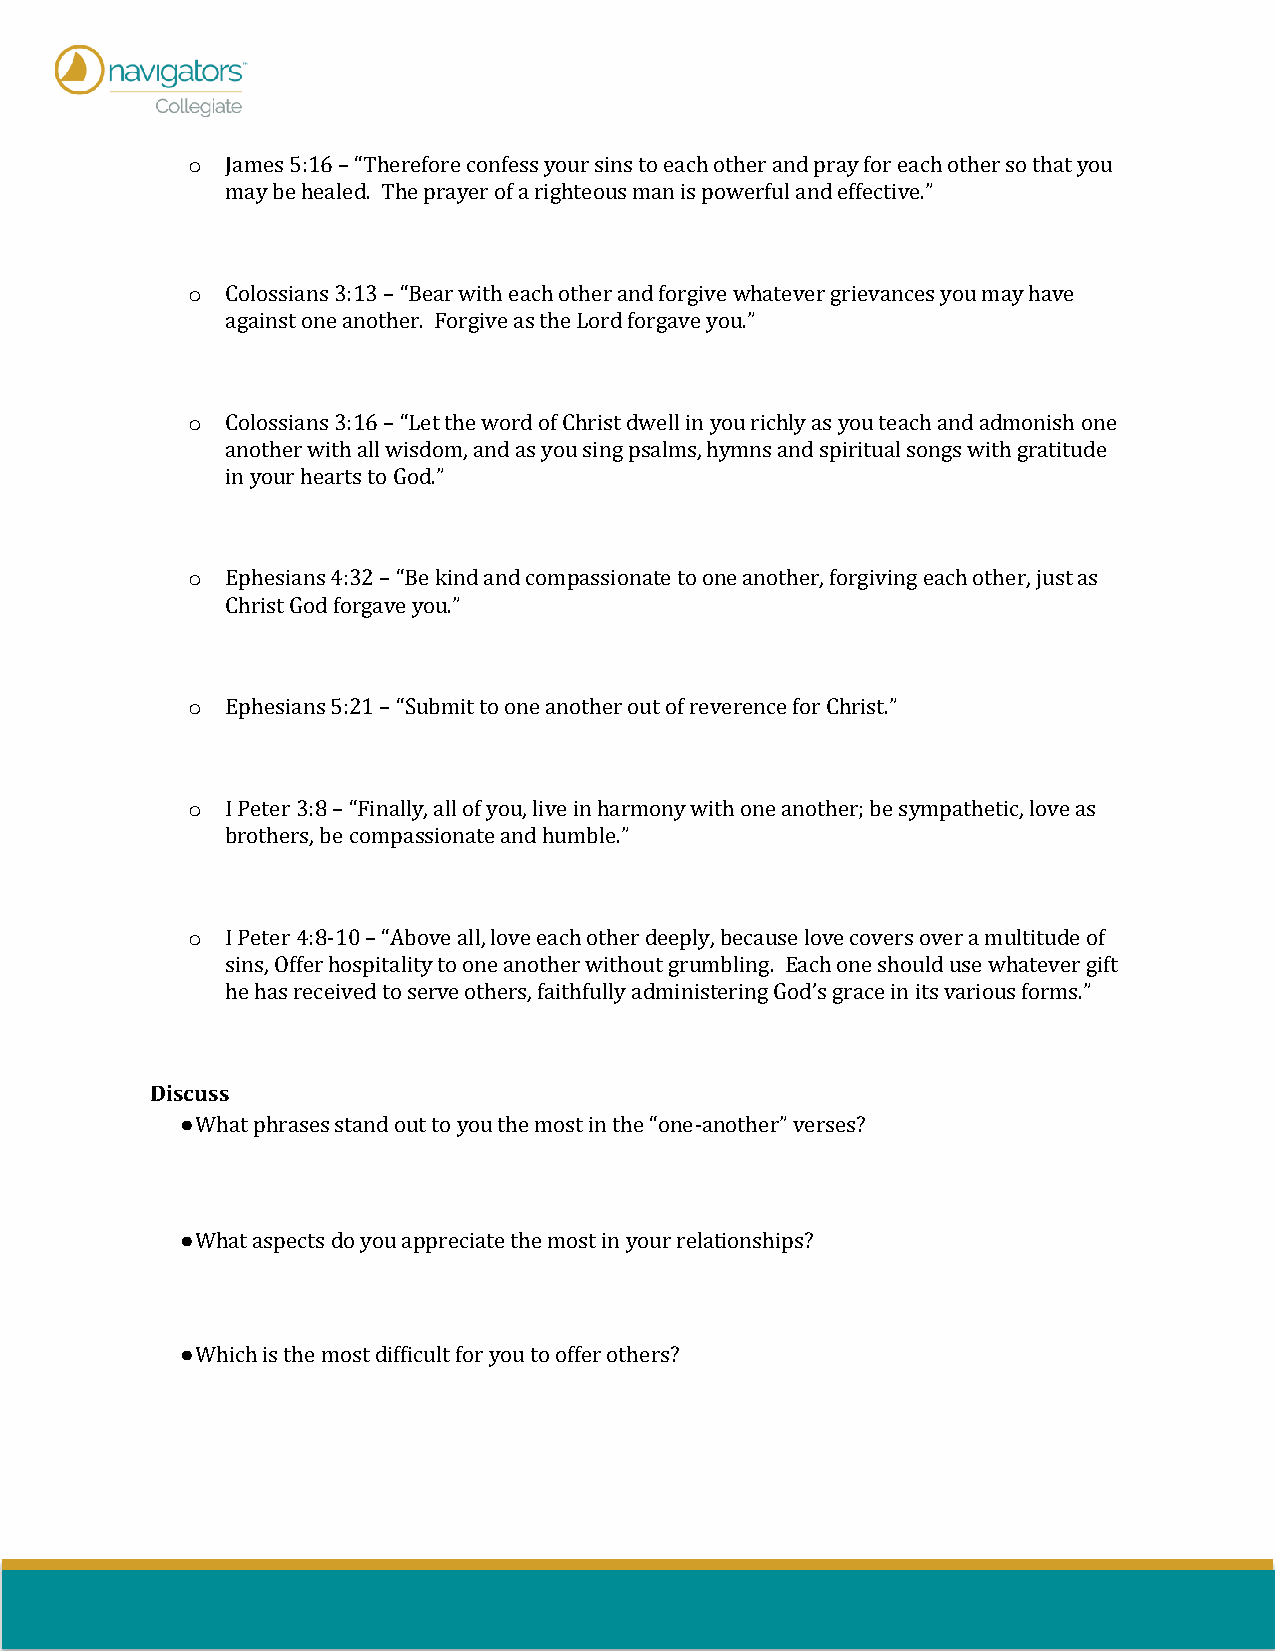
o  James 5:16 – “Therefore confess your sins to each other and pray for each other so that you
 may be healed. The prayer of a righteous man is powerful and effective.”
 o  Colossians 3:13 – “Bear with each other and forgive whatever grievances you may have
 against one another. Forgive as the Lord forgave you.”
 o  Colossians 3:16 – “Let the word of Christ dwell in you richly as you teach and admonish one
 another with all wisdom, and as you sing psalms, hymns and spiritual songs with gratitude
 in your hearts to God.”
 o  Ephesians 4:32 – “Be kind and compassionate to one another, forgiving each other, just as
 Christ God forgave you.”
 o  Ephesians 5:21 – “Submit to one another out of reverence for Christ.”
 o  I Peter 3:8 – “Finally, all of you, live in harmony with one another; be sympathetic, love as
 brothers, be compassionate and humble.”
 o  I Peter 4:8-10 – “Above all, love each other deeply, because love covers over a multitude of
 sins, Offer hospitality to one another without grumbling. Each one should use whatever gift
 he has received to serve others, faithfully administering God’s grace in its various forms.”
 Discuss
 ● What phrases stand out to you the most in the “one-another” verses?
 ● What aspects do you appreciate the most in your relationships?
 ● Which is the most difficult for you to offer others?